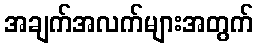
အချက်အလက်များအတွက်